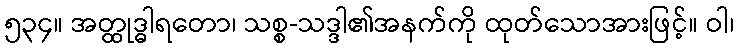
၅၃၄။ အတ္ထုဒ္ဓါရတော၊ သစ္စ-သဒ္ဒါ၏အနက်ကို ထုတ်သောအားဖြင့်။ ဝါ၊